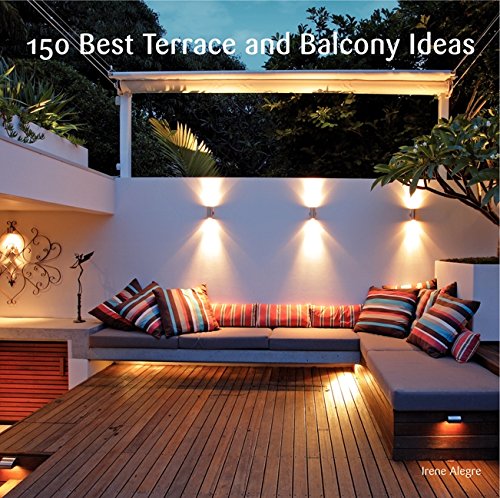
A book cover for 150 Best Terrace and Balcony Ideas; Irene Alegre; Crafts, Hobbies & Home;